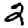
Digit: 2